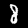
Label: 8